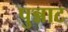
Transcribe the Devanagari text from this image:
पुन्नाट